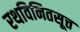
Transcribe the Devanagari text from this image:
रथविनितसूत्त